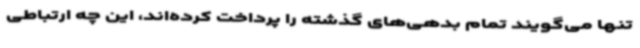
تنها می‌گویند تمام بدهی‌های گذشته را پرداخت کرده‌اند، این چه ارتباطی